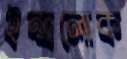
ইন্দ্রলোক